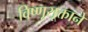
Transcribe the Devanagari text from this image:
विष्णूसूक्ताने